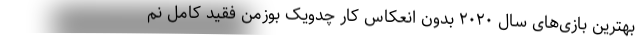
بهترین بازی‌های سال ۲۰۲۰ بدون انعکاس کار چدویک بوزمن فقید کامل نم